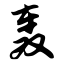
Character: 轰